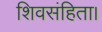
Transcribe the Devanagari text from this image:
शिवसंहिता।